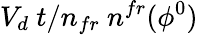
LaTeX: V_{d}~t/n_{fr}\ n^{fr}(\phi^{0})